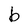
Character: b